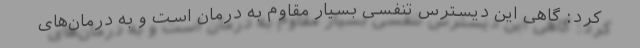
کرد: گاهی این دیسترس تنفسی بسیار مقاوم به درمان است و به درمان‌های